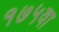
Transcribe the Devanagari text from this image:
१७५वा